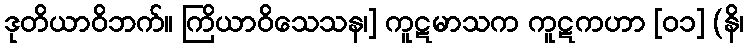
ဒုတိယာဝိဘက်။ ကြိယာဝိသေသန၊] ကူဋမာသက ကူဋကဟာ [၀၁] (နိ၊